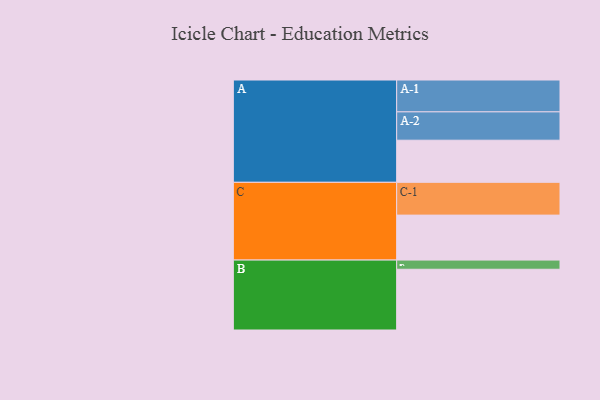
{"axis": {"x": "Segment", "y": "Value"}, "legend": ["", "A", "B", "C"], "data": [{"x": "A", "y": 312, "type": ""}, {"x": "B", "y": 450, "type": ""}, {"x": "C", "y": 333, "type": ""}, {"x": "A-1", "y": 236, "type": "A"}, {"x": "A-2", "y": 210, "type": "A"}, {"x": "B-1", "y": 68, "type": "B"}, {"x": "C-1", "y": 243, "type": "C"}]}